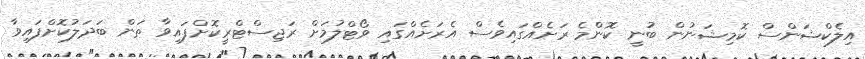
އިލެކްޝަންސް ކޮމިޝަނުން ބުނީ ކޮންމެ ރަށެއްގައިވެސް އެރަށެއްގައި ވޯޓްލުމަށް ރަޖިސްޓްރީކޮށްފައިވާ ތަން ބަދަލުކޮށްފައިވާ